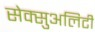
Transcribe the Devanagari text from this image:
सेक्सुअलिटी